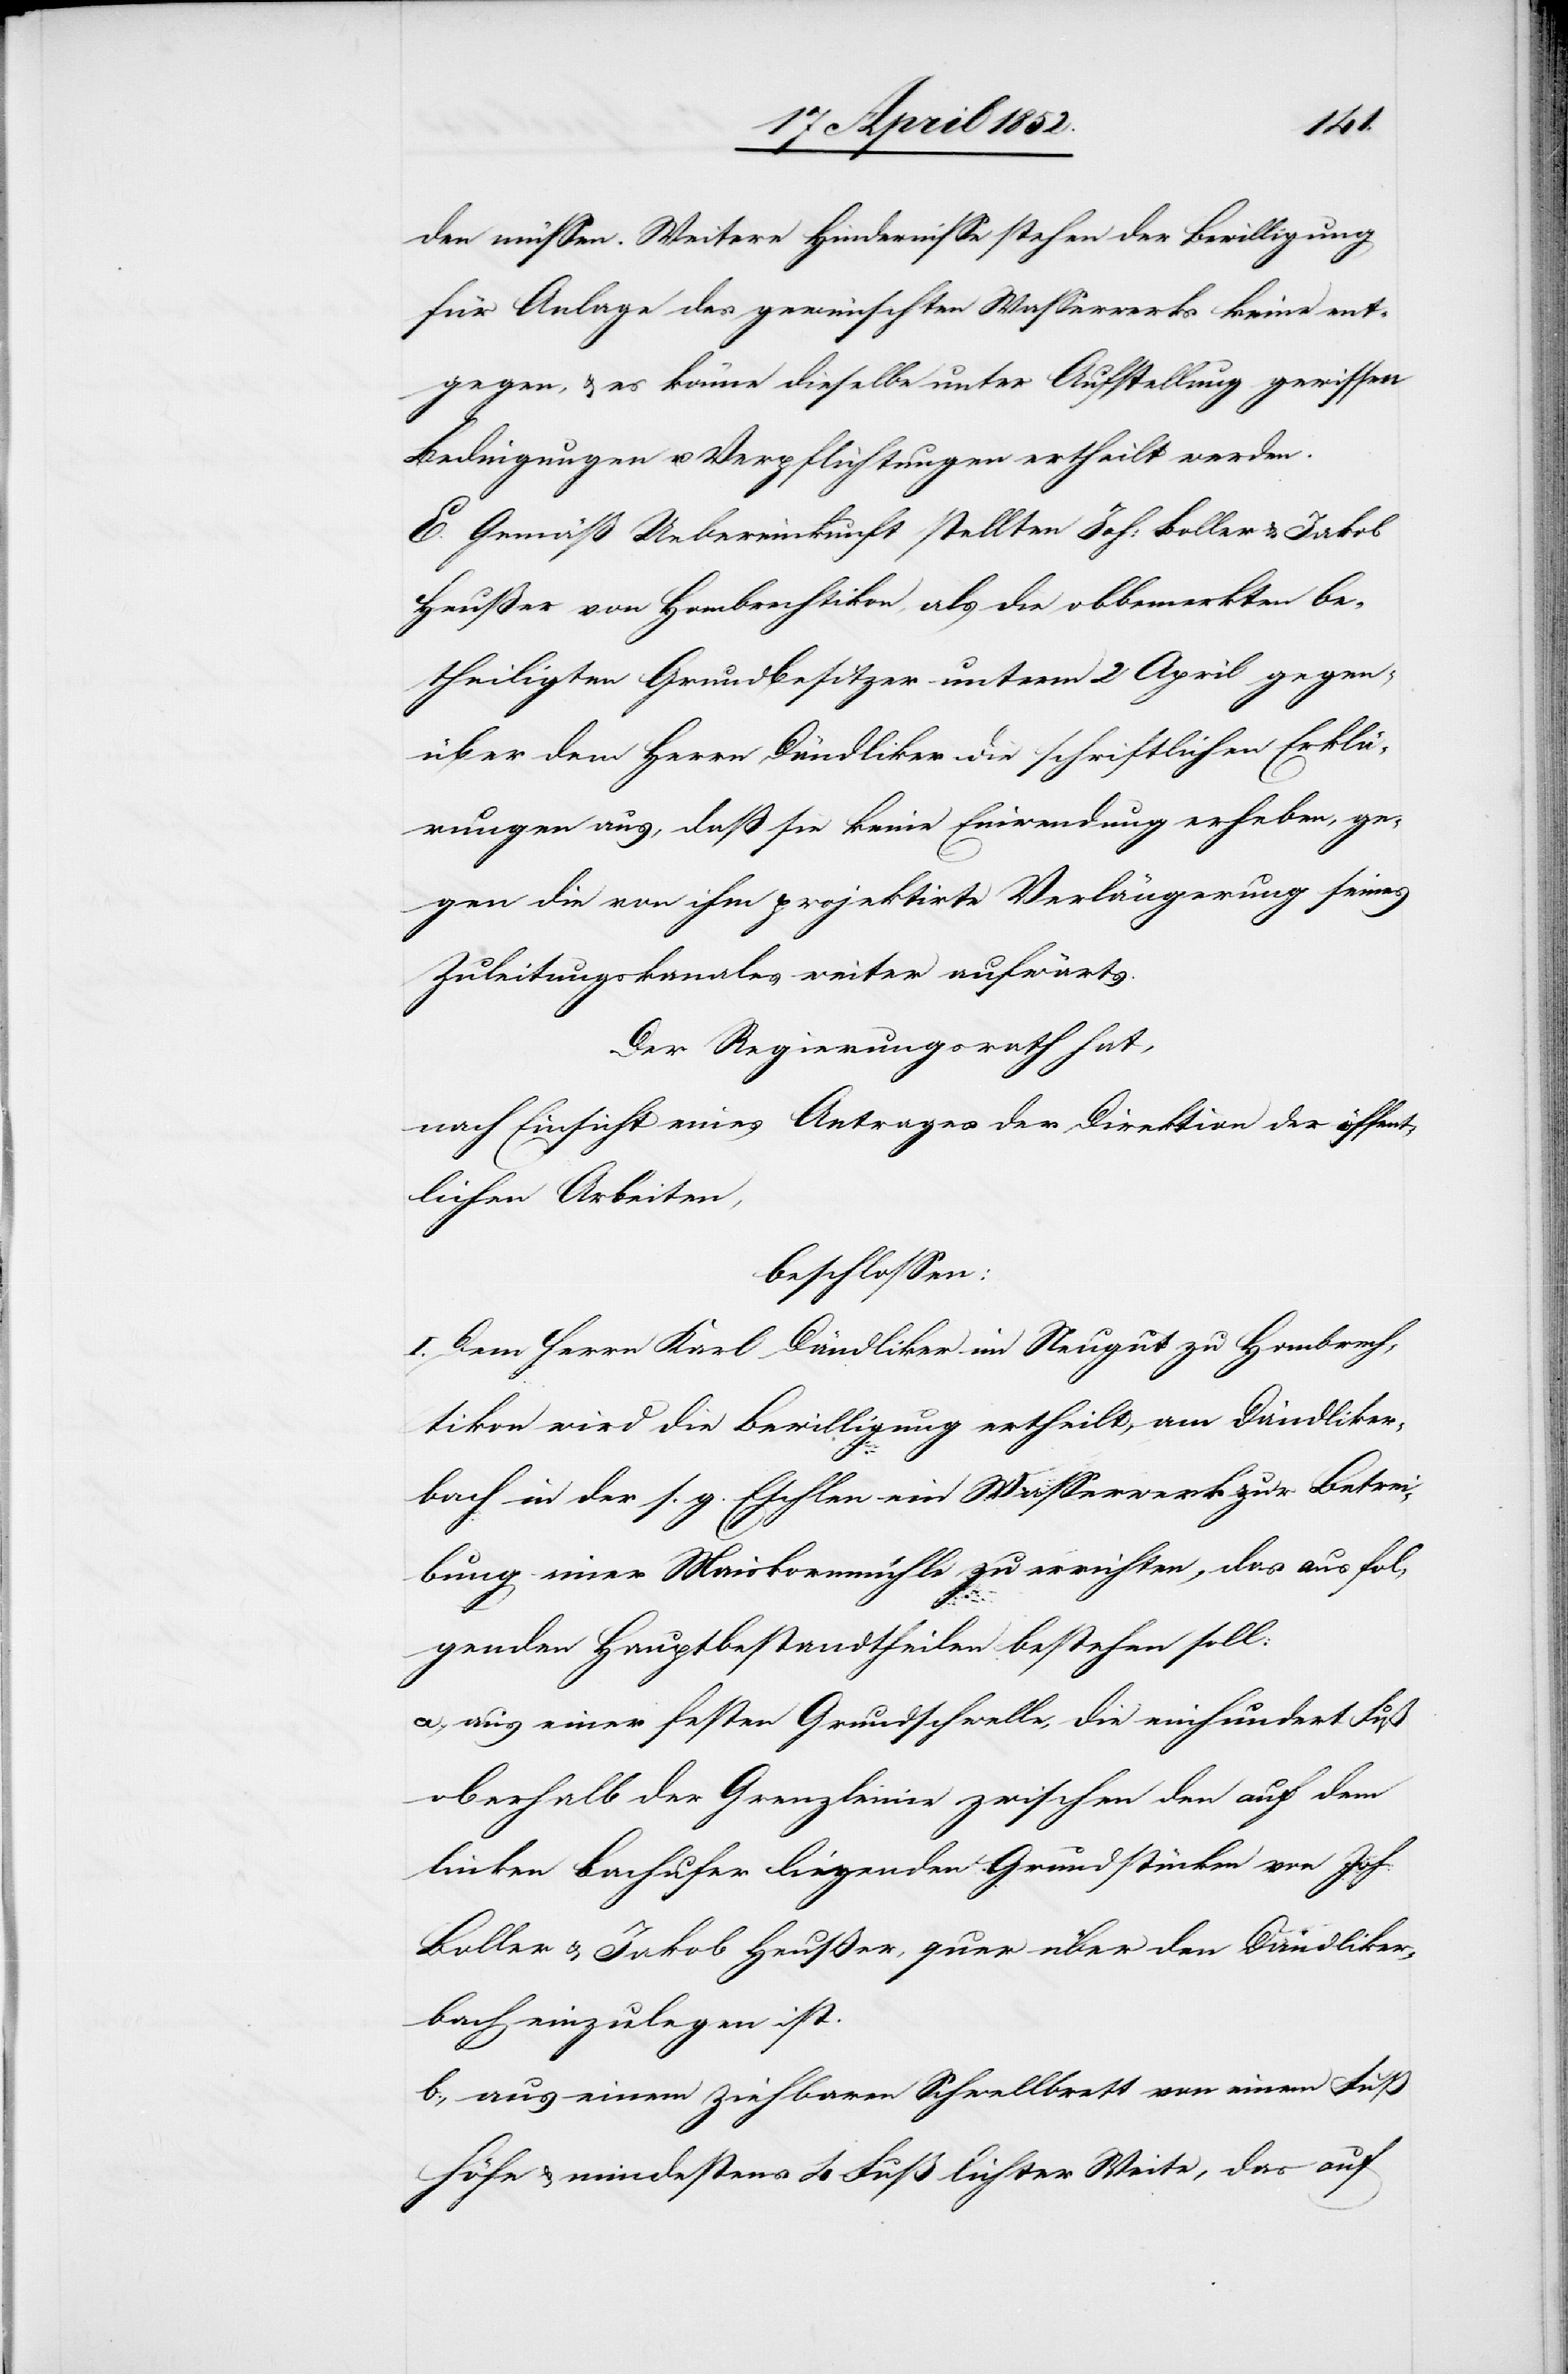
den müssen. Weitere Hindernisse stehen der Bewilligung
für Anlage des gewünschten Wasserwerks keine ent¬
gegen, & es könne dieselbe unter Aufstellung gewissen
Bedingungen u. Verpflichtungen ertheilt werden.
D.] Gemäß Uebereinkunft stellten Joh: Boller & Jakob
Heußer von Hombrechtikon, als die obbemerkten be¬
theiligten Grundbesitzer unterm 2 April gegen¬
über dem Herrn Dändliker die schriftlichen Erklä¬
rungen aus, daß sie keine Einwendung erheben, ge¬
gen die von ihm projektirte Verlängerung seines
Zuleitungskanales weiter aufwärts.
Der Regierungsrath hat,
nach Einsicht eines Antrages der Direktion der öffent¬
lichen Arbeiten,
beschlossen:
I. Dem Herrn Karl Dändliker im Neugut zu Hombrech¬
tikon wird die Bewilligung ertheilt, am Dändliker¬
bach in der s. g. Eschlen ein Wasserwerk zur Betrei¬
bung einer Maiskornmühle zu errichten, das aus fol¬
genden Hauptbestandtheilen bestehen soll:
a., aus einer festen Grundschwelle, die einhundert Fuß
linken Bachufer liegenden Grundstücken von Joh:
Boller & Jakob Heußer, quer über den Dändliker¬
bach einzulegen ist.
b., aus einem ziehbaren Schwellbrett von einem Fuß
Höhe & mindestens 4 Fuß lichter Weite, das auf